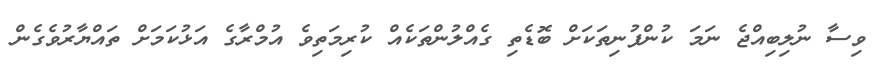
ވިސާ ނުލިބިއްޖެ ނަމަ ކުންފުނިތަކަށް ބޮޑެތި ގެއްލުންތަކެއް ކުރިމަތިވެ އުމްރާގެ އަޅުކަމަށް ތައްޔާރުވެގެން